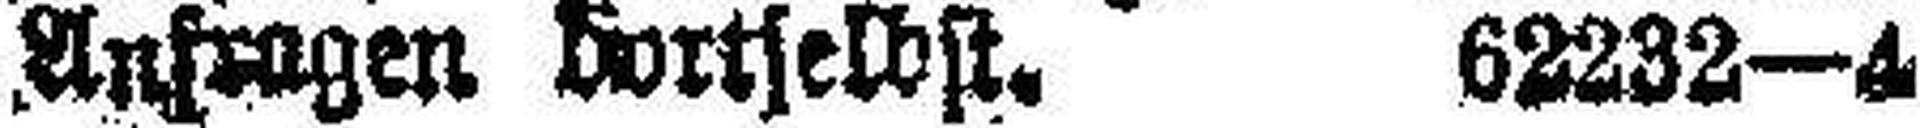
Anfragen dortselbst. 62232—4